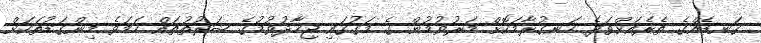
ގަނޑެއްގެ ތެރެއަށްވަދެ ހަނގުރާމަކޮށް މަރުވުމުން ގެ މަގުގައި ޖިހާދުވުމުގެ ޝަރުތުތައް ހަމަވެ މިންގަޑުތަކަށް